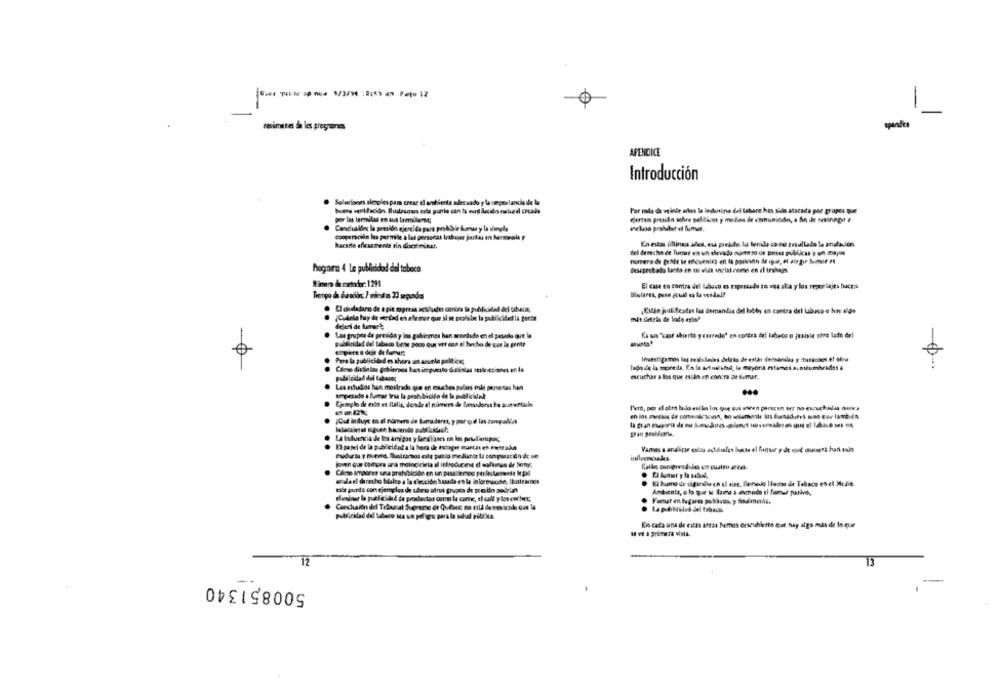
-
spedice
resimeses de les programas
APENDICE
Introducción
Soluciones simples pam crear el ambiente adecuado y la sporlancia de la
buenas ventilación. Ilustrarus erla pinto con la word lucido natural crcale
Por nada de veinde arlos le indusina del tabaco has sido atacada par grupos que
por las termites en sus temilenne;
Gurten pressin sobre politicos y medios de comunicde, a An ile sesiningut e
Conclualles la presión ejercida para prohibir kumar y la slumple
cooperación les permile a las personas trabajar juntas en harmenla
En estas idtimes alles, eu prelide la tenido ca ne ersullado la anulación
hacerle eficazmente tin discs minst.
fel derecho de Turus en un elevado número de pou públicas y un mapa
hogara 4 Le publicidad del tabaco
Iinen & cortador: 1291
El case en contra del labuco m rapestudo in vos alla y los repor lajes hacea
Denpo de duración: ? minuta 33 segundos
Cloudadaro de a pie mpresa actitudes contra la publicidad del trabuco;
JEMlin jrlifesdas las demandas del lobby en contra del tabaco e hry aldo
..
¿CuAnlo hay de verdad en afirmar que si se prohibe la publicidad la gerte
mit deiras de lodo esto?
deleri de lumary;
Los grupos de presida y los gabinmes han acordado en el pasado que la
Es un "kast abierto yrerrede' en contra del tabaco o juvisie otro lado del
frapiece o deje de fumar:
Pero la publicidad es ahora un aoutle politice;
Investigamos las sealsledes letras de estas dermandas y maranaos et ole
Close distintas gobiernos han impuesto distintas selecciones en la
lado de la moneda. En la Afud ibd, la mayor ntimes. a
..
escuchar a los que asidin en contra de fumar.
publicidad del tabaco;
Les estudios han mostrado que en muchos polars mit pensesas hat
empezado a fumar tras la prohibición de la pulkidel
...
Ejemplo de ello es Italia, donde el número de tinadores ba sioventule
I'verò, per el alto lado esila los que sus when parecen ser no escuchalas /nses
en ins meses de comunicacain, ao sellamaske Ins fuenadres mos que lanbide
¡Qué influye en el número de Lamadaret, y por duel las con rullet
..
La laduergia de Ins amigos y beallisses en Im poselfietupus,
21 papel de la publicidad a la hora de tscoger marcas en cuentaka
Vamos a analizar caldo addlisles hasta el fonsir y de que aunsera han sul
Budurtu y meves, Bluetramos cite publio mediante la con poración de un
andeel directe bliles a la elección basada en la informacise Ihatraines
tilt purtu con ejemplos de charo atrol grupos di prolin polin
Ambiente, e lo que w lama a menudo Il fumar patio,
deeiner la puelicidad de productos curro la carne, e call y les cachet;
Tout en hogares publius, y fodlmente
Conchaión del Trasanat Svcreme de Quebec na pila demostrado que la
publicklad del tabaco sa un peligro para la salud pública
En cada una de estas areas hemos onscubierto quit hay algo mas de In quar
se ve a primera vista.
12
500851340
----